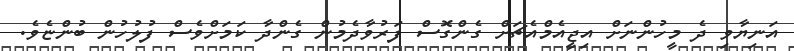
އަނިޔާވި ދެ މީހުންނަށް އިޖީއެމްއެޗަށް ގެންގޮސް ފަރުވާދެމުން ގެންދާ ކަމަށްވެސް ފުލުހުން ބުންޏެވެ.